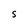
Character: S